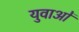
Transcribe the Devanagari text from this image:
युवाअों